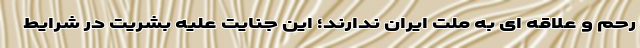
رحم و علاقه ای به ملت ایران ندارند؛ این جنایت علیه بشریت در شرایط